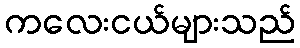
ကလေးငယ်များသည်